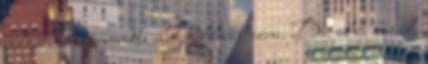
magát, és azt mondta meg kell változni. Dacolva azzal,